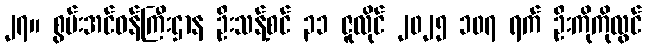
၂၇။ စွမ်းအင်ဝန်ကြီးဌာန ဦးသန့်စင် ၃၁ ဇူလိုင် ၂၀၂၅ ၁၀၇ ရက် ဦးကိုကိုလွင်